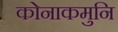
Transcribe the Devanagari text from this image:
कोनाकमुनि